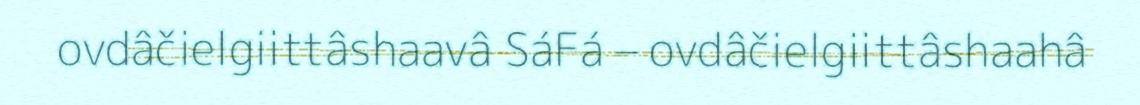
ovdâčielgiittâshaavâ SáFá – ovdâčielgiittâshaahâ